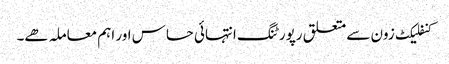
کنفلیکٹ زون سے متعلق رپورٹنگ انتہائی حساس اور اہم معاملہ ھے۔